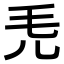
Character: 𣬜